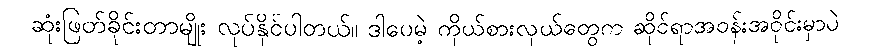
ဆုံးဖြတ်ခိုင်းတာမျိုး လုပ်နိုင်ပါတယ်။ ဒါပေမဲ့ ကိုယ်စားလှယ်တွေက ဆိုင်ရာအဝန်းအဝိုင်းမှာပဲ